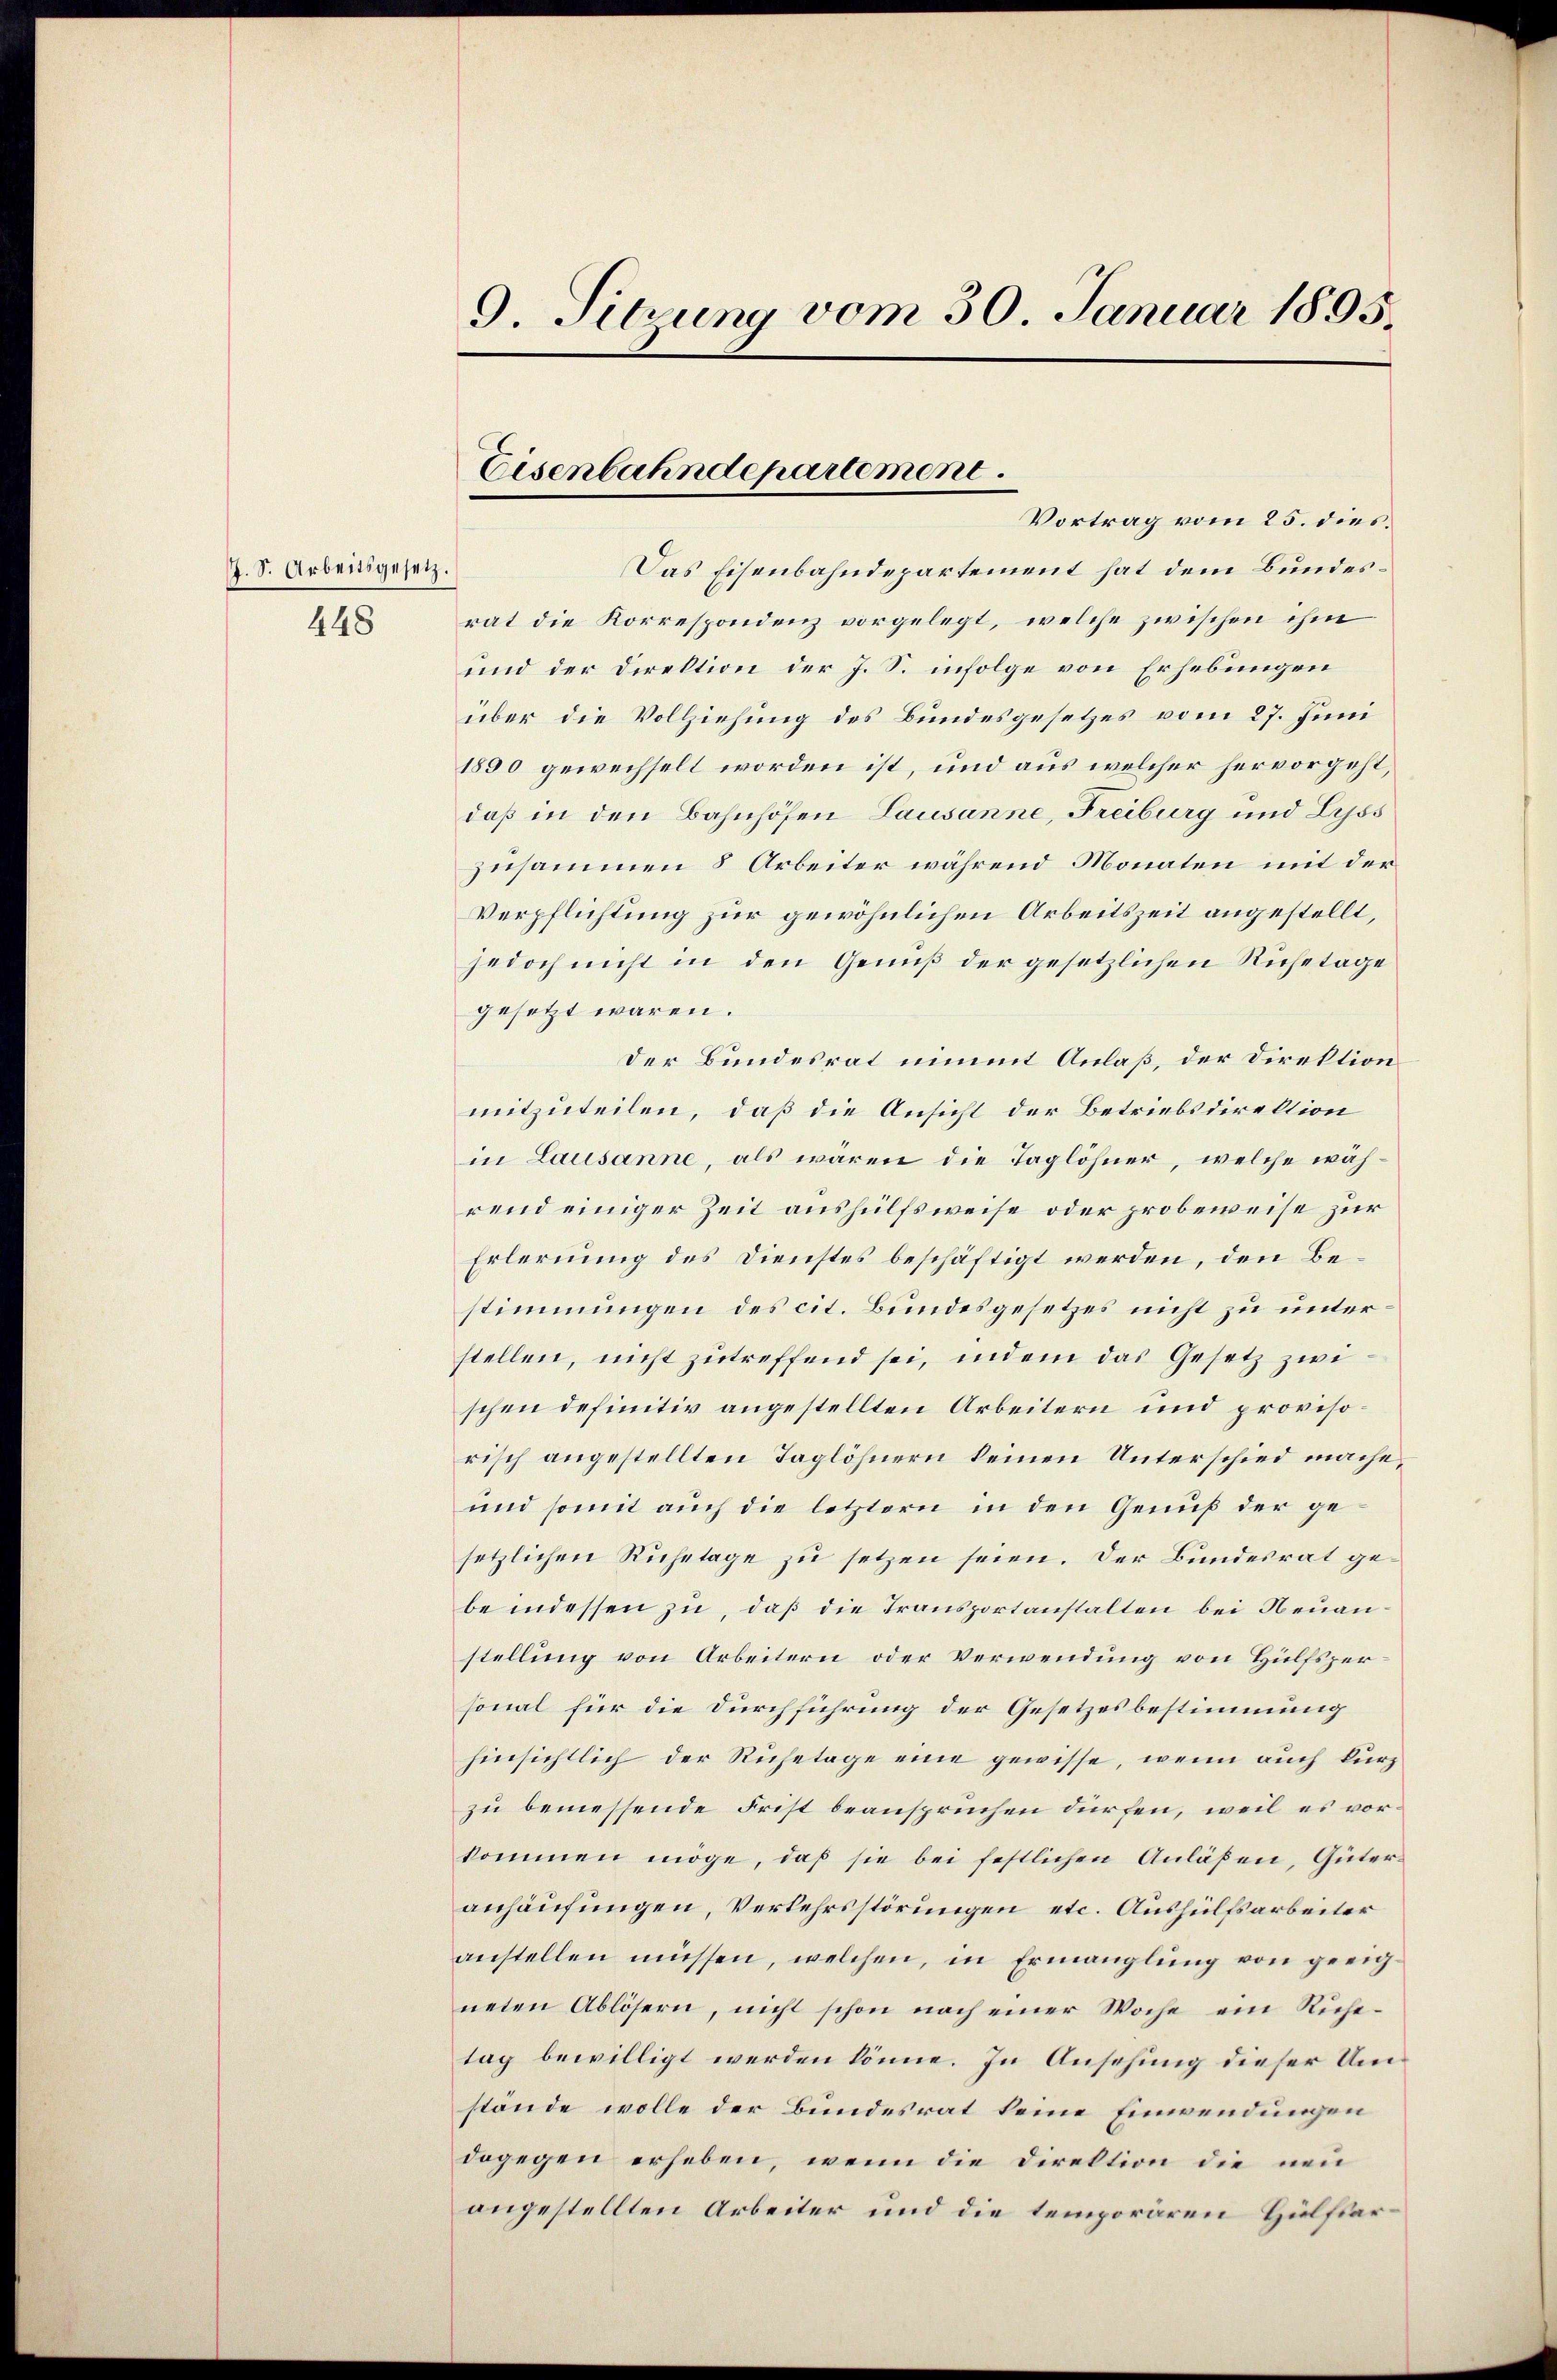
G. S. Arbeitsgesetz.
448

9. Sitzung vom 30. Januar 1895

Das Eisenbahndepartement hat dem Bundesrat die Korrespondenz vorgelegt, welche zwischen ihm
und der Direktion der J. S. infolge von Erhebungen
über die Vollziehung des Bundesgesetzes vom 27. Juni
1890 gewechselt worden ist, und aus welcher hervorgeht,
daß in den Bahnhöfen Lausanne, Freiburg und Lyss
zusammen 8 Arbeiter während Monaten mit der
Verpflichtung zur gewöhnlichen Arbeitszeit angestellt,
jedoch nicht in den Genuß der gesetzlichen Ruhetage
gesetzt waren.
Der Bundesrat nimmt Anlaß, der Direktion
mitzuteilen, daß die Ansicht der Betriebsdirektion
in Lausanne, als waren die Taglöhner, welche während einiger Zeit aushülfsweise oder probeweise zur
Erlernung des Dienstes beschäftigt werden, den Bestimmungen des cit. Bundesgesetzes nicht zu unterstellen, nicht zutreffend sei, indem das Gesetz zwischen definitiv angestellten Arbeitern und provisorisch angestellten Taglöhnern keinen Unterschied mache,
und somit auch die letztern in den Genuß der gesetzlichen Ruhetage zu setzen seien. Der Bundesrat gebeindessen zu, daß die Transportanstalten bei Neuanstellung von Arbeitern oder Verwendung von Hülfspersonal für die Durchführung der Gesetzesbestimmung
hinsichtlich der Ruhetage eine gewisse, wenn auch kurz
zu bemessende Frist beansprüchen dürfen, weil es vorkommen möge, daß sie bei festlichen Anläßen, Güteranhäufungen, Verkehrsstörungen etc. Aushülfsarbeiter
anstellen müssen, welchen, in Ermanglung von geeigneten Ablösern, nicht schon nach einer Woche ein Ruhetag bewilligt werden könne. In Ansehung dieser Umstände wolle der Bundesrat keine Einwendungen
dagegen erheben, wenn die Direktion die neu
angestellten Arbeiter und die temporären Hülfsar¬

Eisenbahndepartement.
Vortrag vom 25. dies